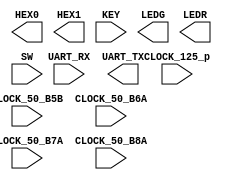
module baseline_c5gx(
      ///////// CLOCK /////////
      input              CLOCK_125_p, ///LVDS
      input              CLOCK_50_B5B, ///3.3-V LVTTL
      input              CLOCK_50_B6A,
      input              CLOCK_50_B7A, ///2.5 V
      input              CLOCK_50_B8A,

      
      ///////// HEX0 /////////
      output      [6:0]  HEX0,

      ///////// HEX1 /////////
      output      [6:0]  HEX1,

      ///////// KEY ///////// 1.2 V ///////
      input       [3:0]  KEY,

      ///////// LEDG ///////// 2.5 V ///////
      output      [7:0]  LEDG,

      ///////// LEDR ///////// 2.5 V ///////
      output      [9:0]  LEDR,

      ///////// SW ///////// 1.2 V ///////
      input       [9:0]  SW,

      ///////// UART ///////// 2.5 V ///////
      input              UART_RX,
      output             UART_TX
);



endmodule